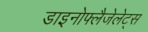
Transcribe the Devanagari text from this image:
डाइनोफ्लैजेलेट्स